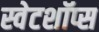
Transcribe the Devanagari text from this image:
स्वेटशॉप्स